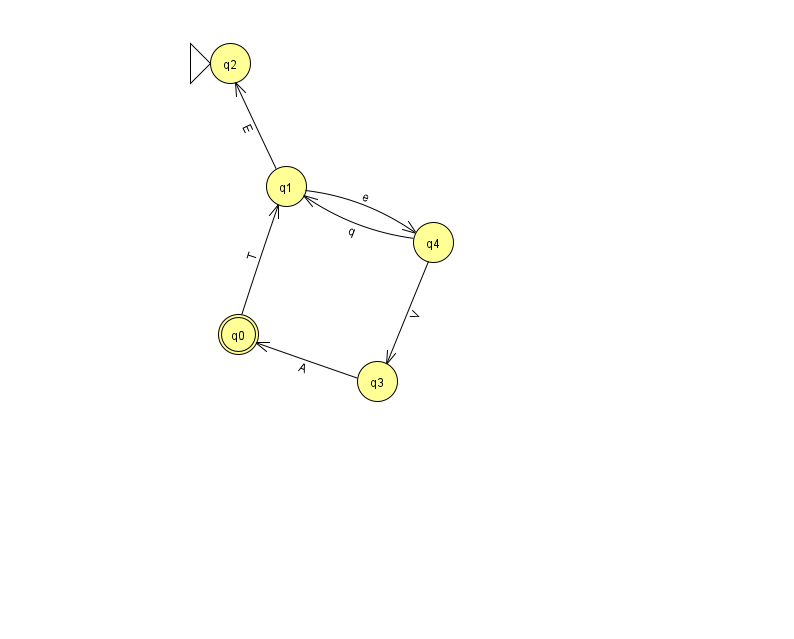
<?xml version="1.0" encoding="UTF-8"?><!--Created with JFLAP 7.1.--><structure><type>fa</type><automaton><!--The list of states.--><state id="0" name="q0"><x>238.0</x><y>321.0</y><final/></state><state id="1" name="q1"><x>286.0</x><y>173.0</y></state><state id="2" name="q2"><x>230.0</x><y>50.0</y><initial/></state><state id="3" name="q3"><x>377.0</x><y>368.0</y></state><state id="4" name="q4"><x>433.0</x><y>229.0</y></state><!--The list of transitions.--><transition><from>4</from><to>1</to><read>q</read></transition><transition><from>0</from><to>1</to><read>T</read></transition><transition><from>1</from><to>4</to><read>e</read></transition><transition><from>4</from><to>3</to><read>V</read></transition><transition><from>1</from><to>2</to><read>E</read></transition><transition><from>3</from><to>0</to><read>A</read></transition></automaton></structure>